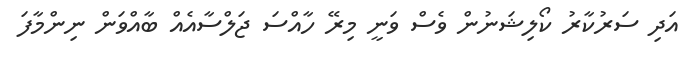
އަދި ސަރުކާރު ކޯލިޝަނުން ވެސް ވަނީ މިރޭ ހާއްސަ ޖަލްސާއެއް ބާއްވަން ނިންމާފަ